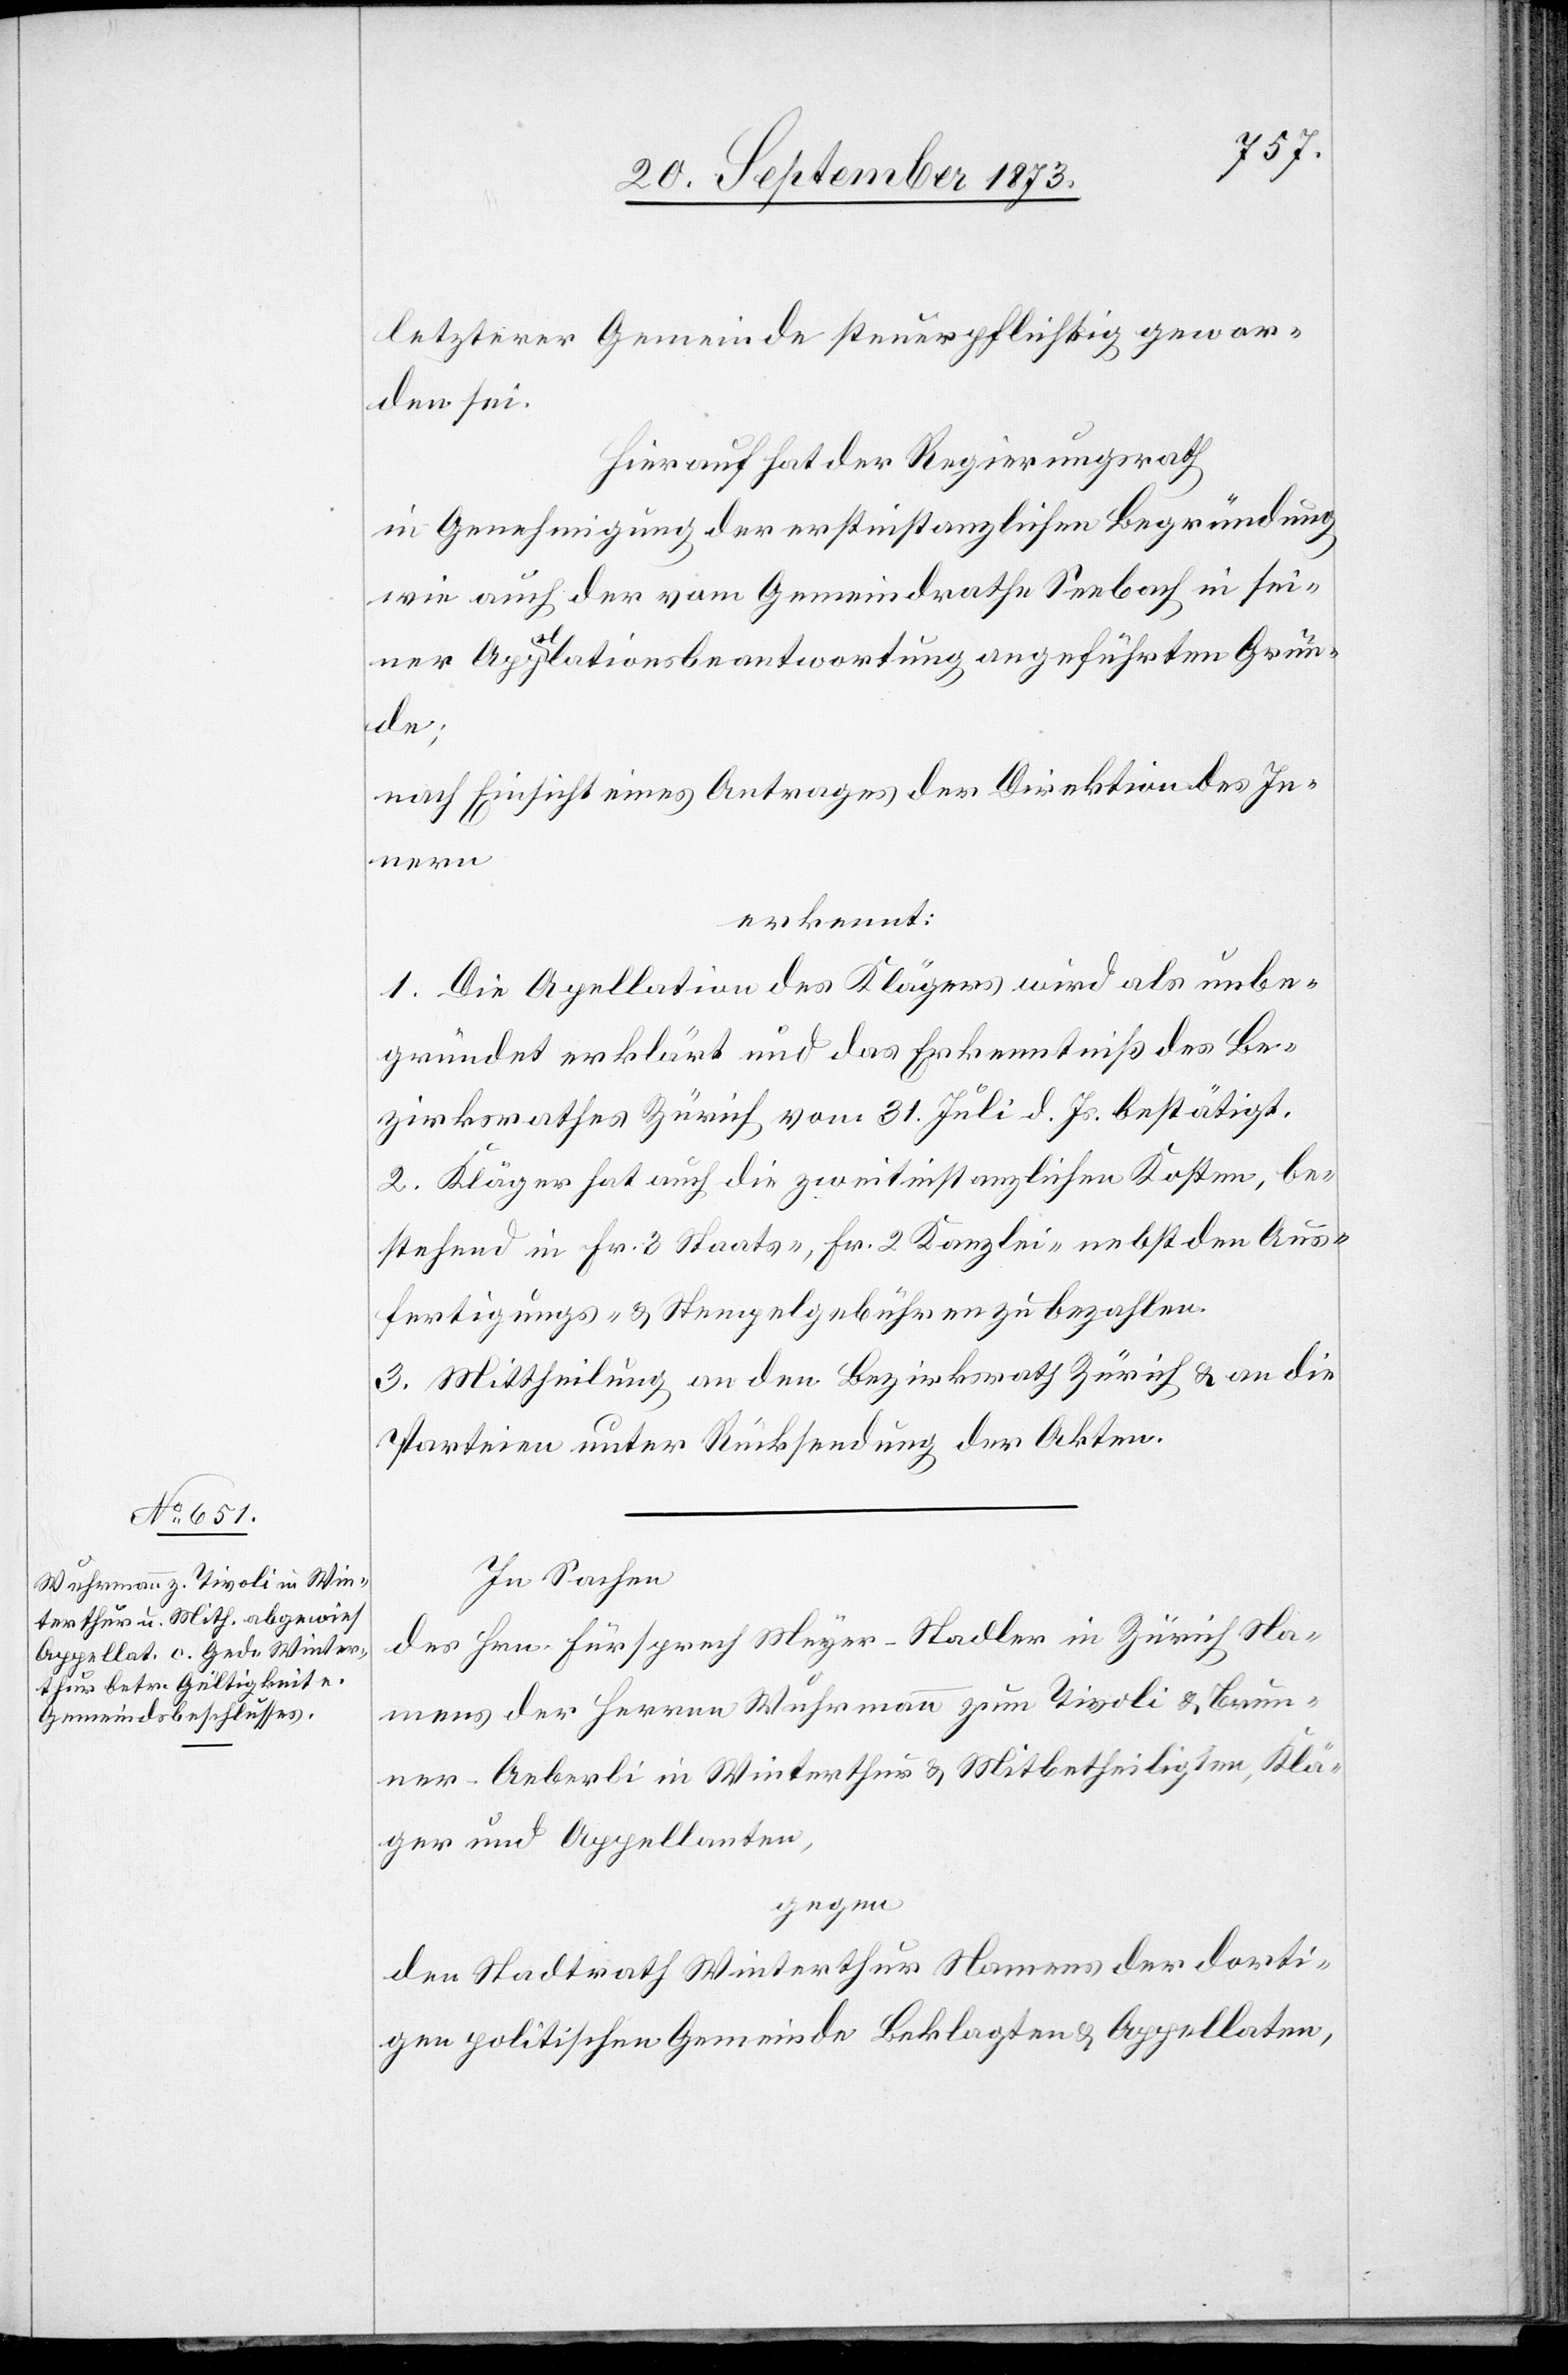
letzterer Gemeinde steuerpflichtig gewor¬
den sei.
Hierauf hat der Regierungsrath
in Genehmigung der erstinstanzlichen Begründung
wie auch der vom Gemeindrathe Seebach in sei¬
ner Appellationsbeantwortung angeführten Grün¬
de;
nach Einsicht eines Antrages der Direktion des In¬
nern
erkannt:
1. Die Ap[p]ellation des Klägers wird als unbe¬
gründet erklärt und das Erkenntniß des Be¬
zirksrathes Zürich vom 31. Juli d. Js. bestätigt.
2. Kläger hat auch die zweitinstanzlichen Kosten, be¬
stehend in Fr. 3 Staats-, Fr. 2 Kanzlei- nebst den Aus¬
fertigungs- & Stempelgebühren zu bezahlen.
3. Mittheilung an den Bezirksrath Zürich & an die
Parteien unter Rücksendung der Akten.
In Sachen
des Hrn. Fürsprech Meyer-Stadler in Zürich Na¬
mens der Herren Wuhrmann zum Tivoli & Brun¬
ner-Aeberli in Winterthur & Mitbetheiligten, Klä¬
ger und Appellanten,
gegen
den Stadtrath Winterthur Namens der dorti¬
gen politischen Gemeinde Beklagten & Appellaten,